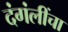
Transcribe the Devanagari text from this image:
दंगंलींचा